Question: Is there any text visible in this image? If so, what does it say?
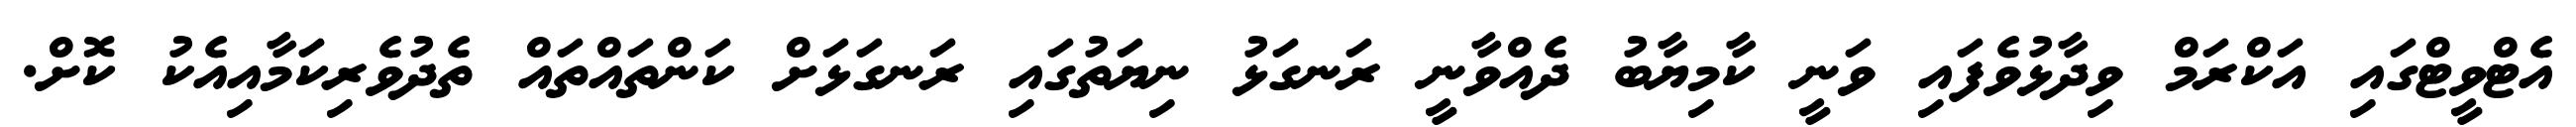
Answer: އެޓްވީޓްގައި އަކްރަމް ވިދާޅުވެފައި ވަނީ ކާމިޔާބު ދެއްވާނީ ރަނގަޅު ނިޔަތުގައި ރަނގަޅަށް ކަންތައްތައް ތެދުވެރިކަމާއިއެކު ކޮށް.